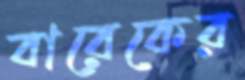
বারেকের